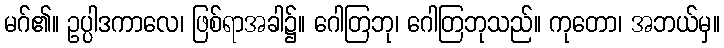
မဂ်၏။ ဥပ္ပါဒကာလေ၊ ဖြစ်ရာအခါ၌။ ဂေါတြဘု၊ ဂေါတြဘုသည်။ ကုတော၊ အဘယ်မှ။